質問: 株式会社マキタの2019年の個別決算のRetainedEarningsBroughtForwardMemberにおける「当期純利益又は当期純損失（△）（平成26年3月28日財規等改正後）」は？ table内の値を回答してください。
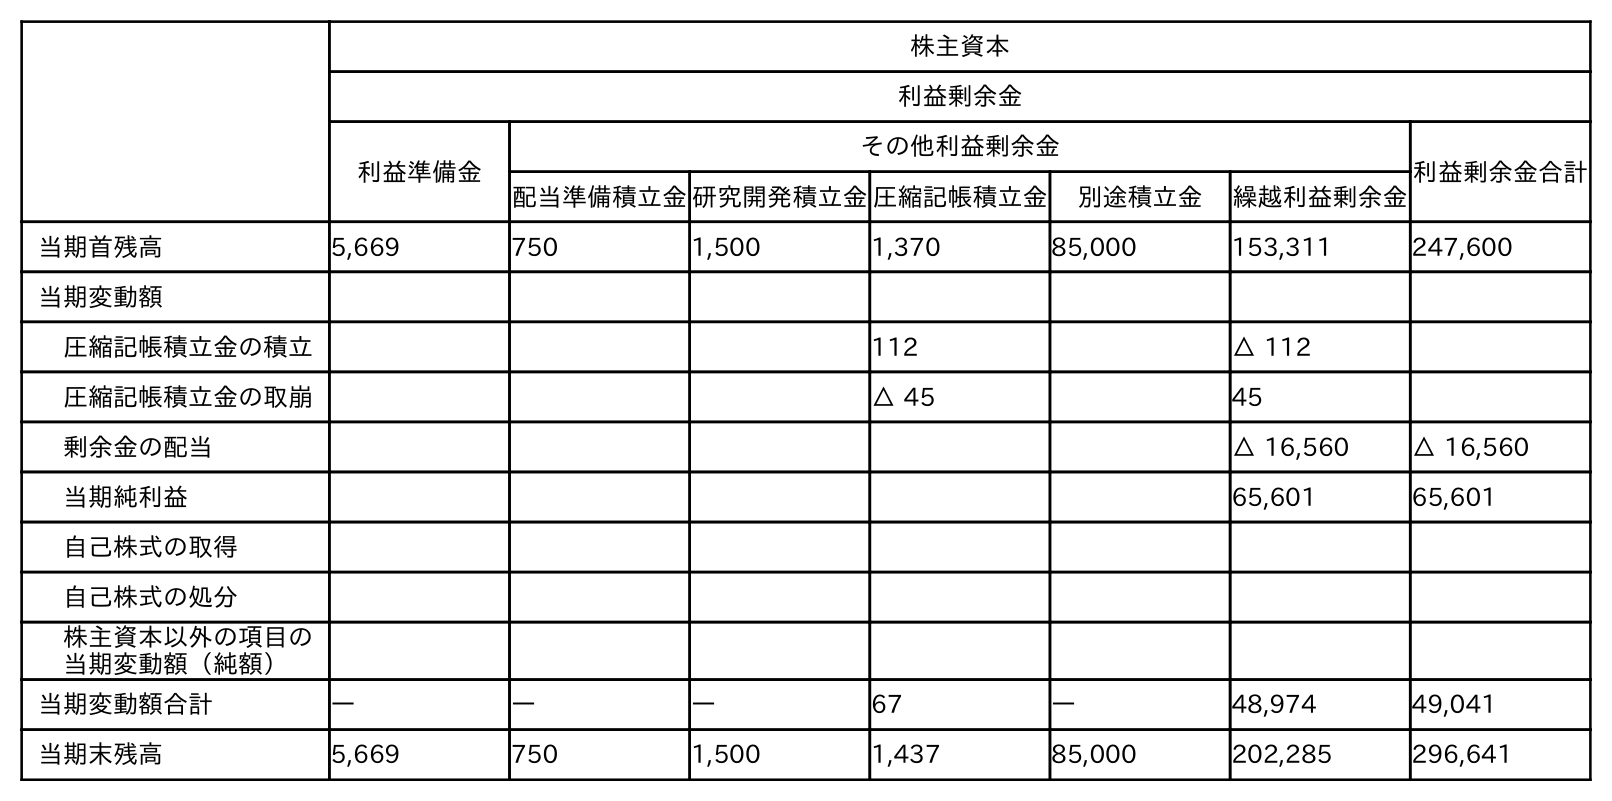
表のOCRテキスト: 株主資本 利益剰余金 利益準備金 その他利益剰余金 利益剰余金合計 配当準備積立金研究開発積立金圧縮記帳積立金 別途積立金 繰越利益剰余金 当期首残高 5,669 750 1,500 1,370 85,000 153,311 247,600 当期変動額 圧縮記帳積立金の積立 112 △ 112 圧縮記帳積立金の取崩 △ 45 45 剰余金の配当 △ 16,560 △ 16,560 当期純利益 65,601 65,601 自己株式の取得 自己株式の処分 株主資本以外の項目の 当期変動額（純額） 当期変動額合計 ― ― ― 67 ― 48,974 49,041 当期末残高 5,669 750 1,500 1,437 85,000 202,285 296,641
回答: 65,601